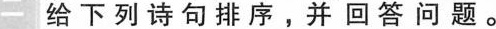
二 给下列诗句排序，并回答问题。